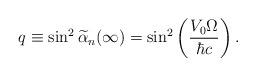
LaTeX: \begin{align*}q \equiv \sin^{2} \widetilde{\alpha}_n (\infty) = \sin^{2} \left( \frac{V_{0} \Omega}{\hbar c} \right). \end{align*}